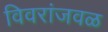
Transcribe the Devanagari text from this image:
विवरांजवळ